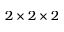
2 \times 2 \times 2